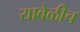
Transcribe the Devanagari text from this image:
यावेळीच